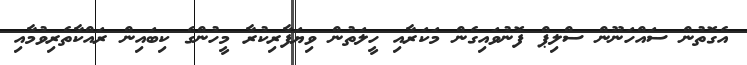
އެގޮތުން ސައްހަނޫން ސްލިޕް ފޮނުވައިގެން މަކަރާއި ހީލަތުން ވިޔަފާރިކުރާ މީހުންގެ ކިބައިން ރައްކާތެރިވުމާއި